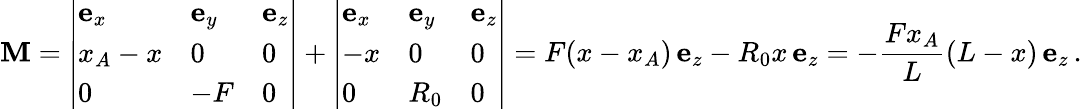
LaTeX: \mathbf{M}=\left|{\begin{array}{lll}{\mathbf{e}_{x}}&{\mathbf{e}_{y}}&{\mathbf{e}_{z}}\\ {x_{A}-x}&{0}&{0}\\ {0}&{-F}&{0}\end{array}}\right|+\left|{\begin{array}{lll}{\mathbf{e}_{x}}&{\mathbf{e}_{y}}&{\mathbf{e}_{z}}\\ {-x}&{0}&{0}\\ {0}&{R_{0}}&{0}\end{array}}\right|=F(x-x_{A})\, \mathbf{e}_{z}-R_{0}x\, \mathbf{e}_{z}=-{\frac{Fx_{A}}{L}}(L-x)\, \mathbf{e}_{z}\, .